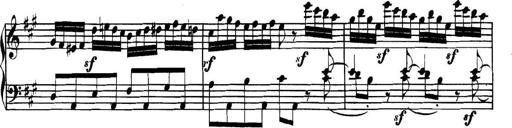
Title: Collected Piano Sonatas
Composer: Muzio Clementi